Vaccination in Bombay 1889-1901 - 1889-1901
Year: 1889
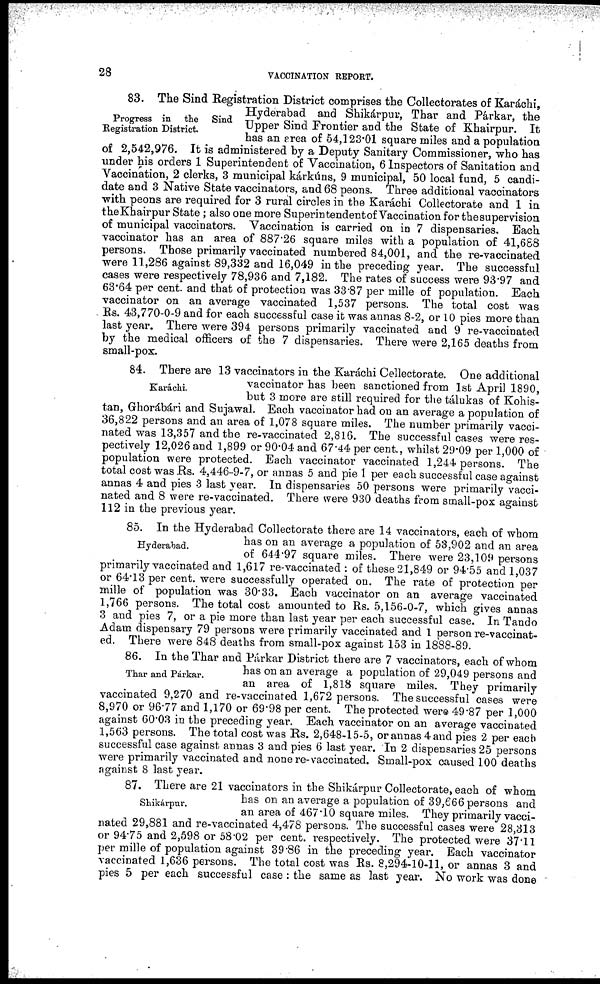
28
VACCINATION REPORT.
Progress in the
Sind
Registration District.
83. The Sind Registration District comprises the Collectorates of Karáchi,
Hyderabad and Shikárpur, Thar and Párkar, the
Upper Sind Frontier and the State of Khairpur. It
has an area of 54,123.01 square miles and a population
of 2,542,976. It is administered by a Deputy Sanitary Commissioner, who has
under his orders 1 Superintendent of Vaccination, 6 Inspectors of Sanitation and
Vaccination, 2 clerks, 3 municipal kárkúns, 9 municipal, 50 local fund, 5 candi-
date and 3 Native State vaccinators, and 68 peons. Three additional vaccinators
with peons are required for 3 rural circles in the Karáchi Collectorate and 1 in
the Khairpur State; also one more Superintendent of Vaccination for the supervision
of municipal vaccinators. Vaccination is carried on in 7 dispensaries. Each
vaccinator has an area of 887.26 square miles with a population of 41,688
persons. Those primarily vaccinated numbered 84,001, and the re-vaccinated
were 11,286 against 89,332 and 16,049 in the preceding year. The successful
cases were respectively 78,936 and 7,182. The rates of success were 93.97 and
63.64 per cent. and that of protection was 33.87 per mille of population. Each
vaccinator on an average vaccinated 1,537 persons. The total cost was
Rs. 43,770-0-9 and for each successful case it was annas 8-2, or 10 pies more than
last year. There were 394 persons primarily vaccinated and 9 re-vaccinated
by the medical officers of the 7 dispensaries. There were 2,165 deaths from
small-pox.
Karáchi.
84. There are 13 vaccinators in the Karáchi Cellectorate. One additional
vaccinator has been sanctioned from 1st April 1890,
but 3 more are still required for the tálukas of Kohis-
tan, Ghorábári and Sujawal. Each vaccinator had on an average a population of
36,822 persons and an area of 1,078 square miles. The number primarily vacci-
nated was 13,357 and the re-vaccinated 2,816. The successful cases were res-
pectively 12,026 and 1,899 or 90.04 and 67.44 per cent., whilst 29.09 per 1,000 of
population were protected. Each vaccinator vaccinated 1,244 persons. The
total cost was Rs. 4,446-9-7, or annas 5 and pie 1 per each successful case against
annas 4 and pies 3 last year. In dispensaries 50 persons were primarily vacci-
nated and 8 were re-vaccinated. There were 930 deaths from small-pox against
112 in the previous year.
Hyderabad.
85. In the Hyderabad Collectorate there are 14 vaccinators, each of whom
has on an average a population of 53,902 and an area
of 644.97 square miles. There were 23,109 persons
primarily vaccinated and 1,617 re-vaccinated : of these 21,849 or 94.55 and 1,037
or 64.13 per cent. were successfully operated on. The rate of protection per
mille of population was 30.33. Each vaccinator on an average vaccinated
1,766 persons. The total cost amounted to Rs. 5,156-0-7, which gives annas
3 and pies 7, or a pie more than last year per each successful case. In Tando
Adam dispensary 79 persons were primarily vaccinated and 1 person re-vaccinat-
ed. There were 848 deaths from small-pox against 153 in 1888-89.
Thar and Párkar.
86. In the Thar and Párkar District there are 7 vaccinators, each of whom
has on an average a population of 29,049 persons and
an area of 1,818 square miles. They primarily
vaccinated 9,270 and re-vaccinated 1,672 persons. The successful cases were
8,970 or 96.77 and 1,170 or 69.98 per cent. The protected were 49.87 per 1,000
against 60.03 in the preceding year. Each vaccinator on an average vaccinated
1,563 persons. The total cost was Rs. 2,648-15-5, or annas 4 and pies 2 per each
successful case against annas 3 and pies 6 last year. In 2 dispensaries 25 persons
were primarily vaccinated and none re-vaccinated. Small-pox caused 100 deaths
against 8 last year.
Shikárpur.
87. There are 21 vaccinators in the Shikárpur Collectorate, each of whom
has on an average a population of 39,666 persons and
an area of 467.10 square miles. They primarily vacci-
nated 29,881 and re-vaccinated 4,478 persons. The successful cases were 28,313
or 94.75 and 2,598 or 58.02 per cent. respectively. The protected were 37.11
per mille of population against 39.86 in the preceding year. Each vaccinator
vaccinated 1,636 persons. The total cost was Rs. 8,294-10-11, or annas 3 and
pies 5 per each successful case : the same as last year. No work was done